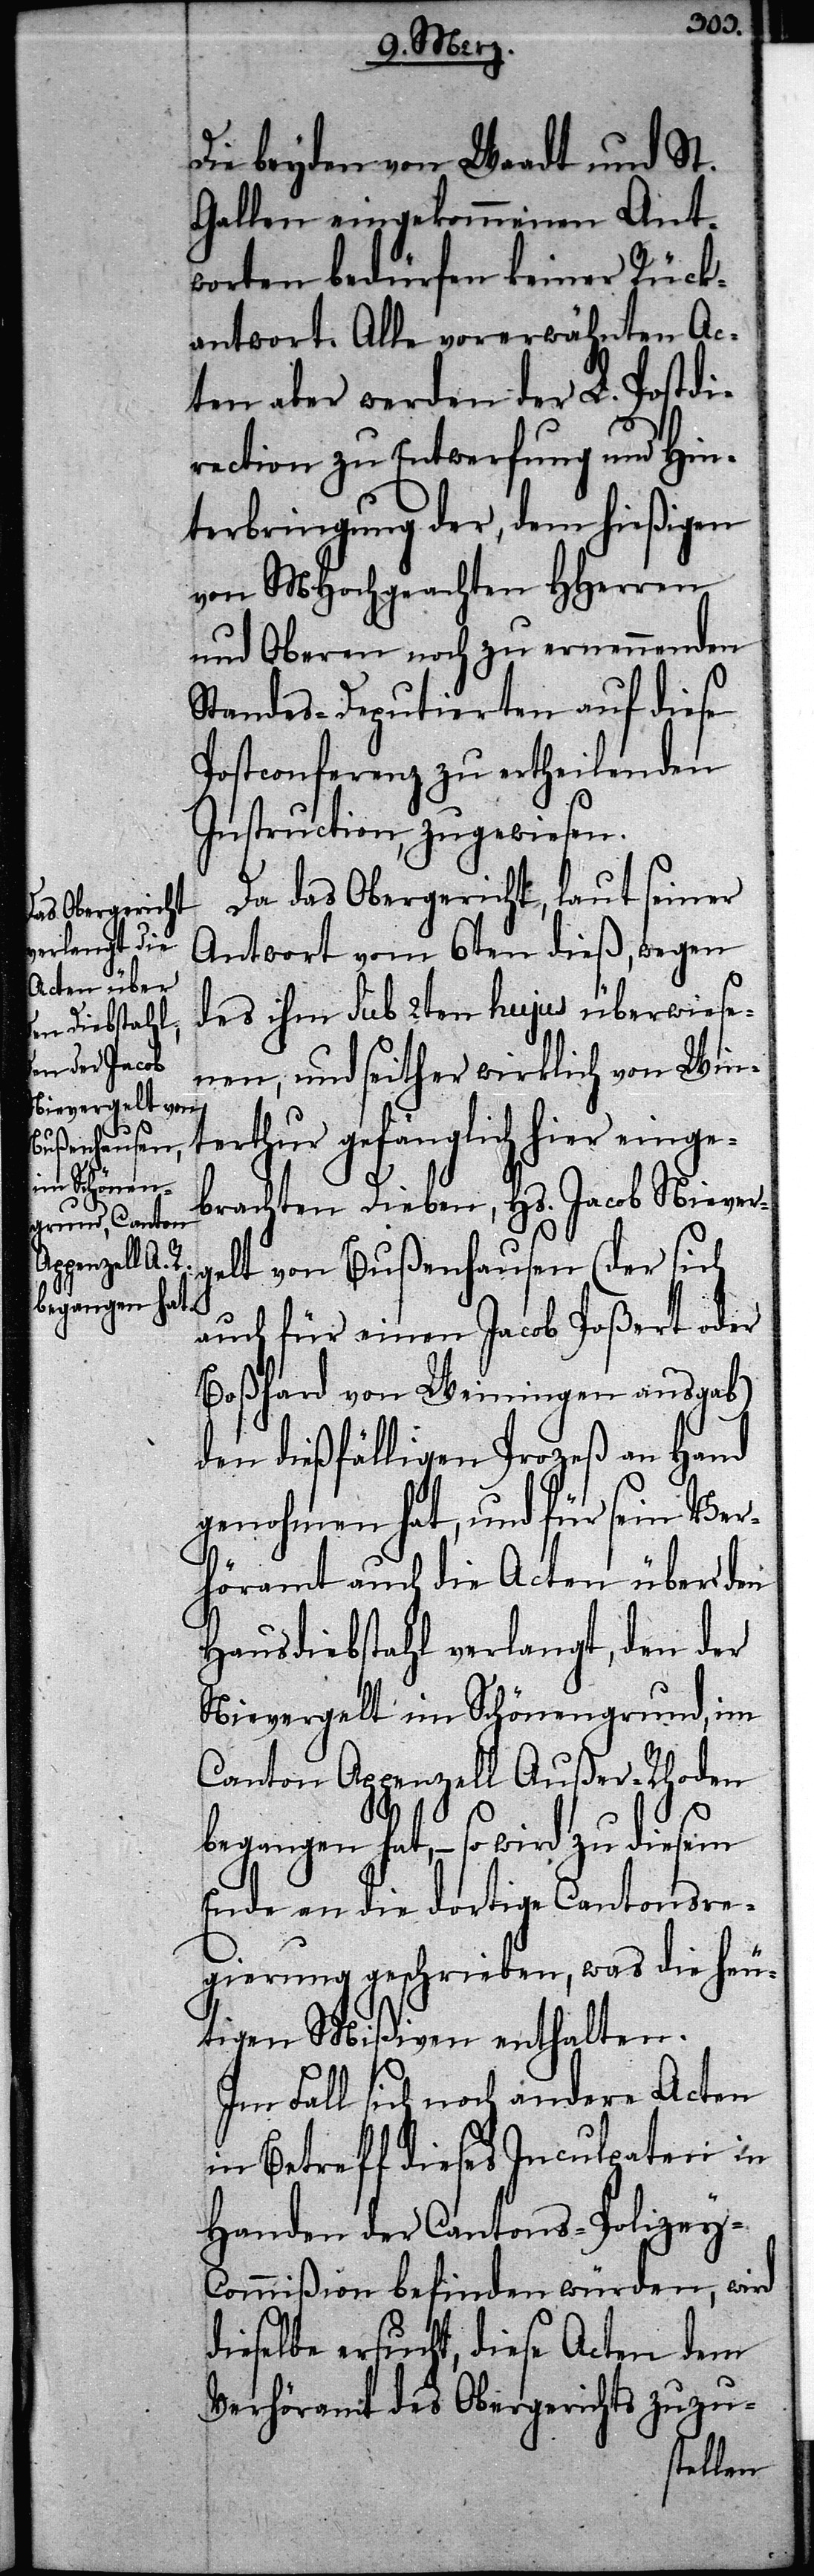
Die beyden von Waadt und St.
Gallen eingekommenen Ant¬
worten bedürfen keiner Rück¬
antwort. Alle vorerwähnten Ac¬
ten aber werden der L. Postdi¬
rection zu Entwerfung und Hin¬
terbringung der, dem hießigen
von MHochgeachten HHerren
und Oberen noch zu ernennenden
Standes-Deputierten auf diese
Postconferenz zu ertheilenden
Instruction, zugewiesen.
Da das Obergericht, laut seiner
Antwort vom 6ten dieß, wegen
des ihm sub 2ten hujus überwiese¬
nen, und seither wirklich von Win¬
terthur gefänglich hier einge¬
brachten Dieben, Hs. Jacob Niever¬
gelt von Bußenhausen (der sich
auch für einen Jacob Poßert oder
Boßhard von Weiningen ausgab)
den dießfälligen Prozeß an Hand
genohmen hat, und für sein Ver¬
höramt auch die Acten über den
Hausdiebstahl verlangt, den der
Nievergelt im Schönengrund, im
Canton Appenzell Außer-Rhoden
begangen hat, – so wird zu diesem
Ende an die dortige Cantonsre¬
gierung geschrieben, was die heu¬
tigen Mißiven enthalten.
Im Fall sich noch andere Acten
in Betreff dieses Inculpaten in
Handen der Cantons-Polizey-C¬
ommißion befinden würden, wird
dieselbe ersucht, diese Acten dem
Verhöramt des Obergerichts zuzu-